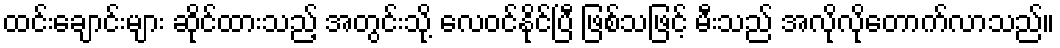
ထင်းချောင်းများ ဆိုင်ထားသည့် အတွင်းသို့ လေဝင်နိုင်ပြီ ဖြစ်သဖြင့် မီးသည် အလိုလိုတောက်လာသည်။